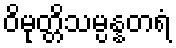
ဝိမုတ္တိသမ္ပန္နတရံ